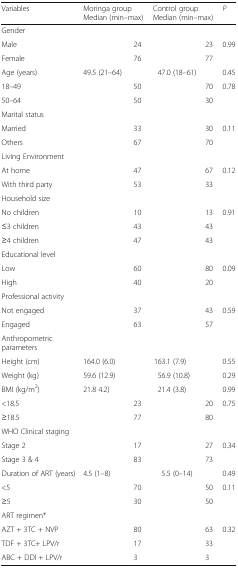
<table><thead><tr><td><b>Variables</b></td><td colspan="2"><b>Moringa group Median (min–max)</b></td><td colspan="2"><b>Control group Median (min–max)</b></td><td><b><i>P</i></b></td></tr></thead><tbody><tr><td colspan="6">Gender</td></tr><tr><td>Male</td><td></td><td>24</td><td></td><td>23</td><td>0.99</td></tr><tr><td>Female</td><td></td><td>76</td><td></td><td>77</td><td></td></tr><tr><td>Age (years)</td><td>49.5 (21–64)</td><td></td><td>47.0 (18–61)</td><td></td><td>0.45</td></tr><tr><td>18–49</td><td></td><td>50</td><td></td><td>70</td><td>0.78</td></tr><tr><td>50–64</td><td></td><td>50</td><td></td><td>30</td><td></td></tr><tr><td colspan="6">Marital status</td></tr><tr><td>Married</td><td></td><td>33</td><td></td><td>30</td><td>0.11</td></tr><tr><td>Others</td><td></td><td>67</td><td></td><td>70</td><td></td></tr><tr><td colspan="6">Living Environment</td></tr><tr><td>At home</td><td></td><td>47</td><td></td><td>67</td><td>0.12</td></tr><tr><td>With third party</td><td></td><td>53</td><td></td><td>33</td><td></td></tr><tr><td colspan="6">Household size</td></tr><tr><td>No children</td><td></td><td>10</td><td></td><td>13</td><td>0.91</td></tr><tr><td>≤3 children</td><td></td><td>43</td><td></td><td>43</td><td></td></tr><tr><td>≥4 children</td><td></td><td>47</td><td></td><td>43</td><td></td></tr><tr><td colspan="6">Educational level</td></tr><tr><td>Low</td><td></td><td>60</td><td></td><td>80</td><td>0.09</td></tr><tr><td>High</td><td></td><td>40</td><td></td><td>20</td><td></td></tr><tr><td colspan="6">Professional activity</td></tr><tr><td>Not engaged</td><td></td><td>37</td><td></td><td>43</td><td>0.59</td></tr><tr><td>Engaged</td><td></td><td>63</td><td></td><td>57</td><td></td></tr><tr><td colspan="6">Anthropometric parameters</td></tr><tr><td>Height (cm)</td><td>164.0 (6.0)</td><td></td><td>163.1 (7.9)</td><td></td><td>0.55</td></tr><tr><td>Weight (kg)</td><td>59.6 (12.9)</td><td></td><td>56.9 (10.8)</td><td></td><td>0.29</td></tr><tr><td>BMI (kg/m<sup>2</sup>)</td><td>21.8 4.2)</td><td></td><td>21.4 (3.8)</td><td></td><td>0.99</td></tr><tr><td>&lt;18.5</td><td></td><td>23</td><td></td><td>20</td><td>0.75</td></tr><tr><td>≥18.5</td><td></td><td>77</td><td></td><td>80</td><td></td></tr><tr><td colspan="6">WHO Clinical staging</td></tr><tr><td>Stage 2</td><td></td><td>17</td><td></td><td>27</td><td>0.34</td></tr><tr><td>Stage 3 &amp; 4</td><td></td><td>83</td><td></td><td>73</td><td></td></tr><tr><td>Duration of ART (years)</td><td>4.5 (1–8)</td><td></td><td>5.5 (0–14)</td><td></td><td>0.49</td></tr><tr><td>&lt;5</td><td></td><td>70</td><td></td><td>50</td><td>0.11</td></tr><tr><td>≥5</td><td></td><td>30</td><td></td><td>50</td><td></td></tr><tr><td colspan="6">ART regimen*</td></tr><tr><td>AZT + 3TC + NVP</td><td></td><td>80</td><td></td><td>63</td><td>0.32</td></tr><tr><td>TDF + 3TC+ LPV/r</td><td></td><td>17</td><td></td><td>33</td><td></td></tr><tr><td>ABC + DDI + LPV/r</td><td></td><td>3</td><td></td><td>3</td><td></td></tr></tbody></table>